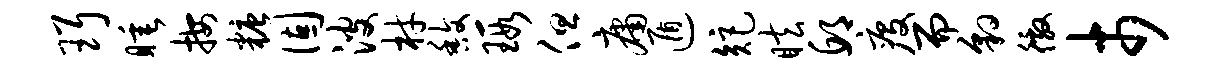
珥睡按糖固波材馥瑕但庸遁矩眩邱疫而豹徼市